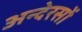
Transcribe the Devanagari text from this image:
अन्देरसों